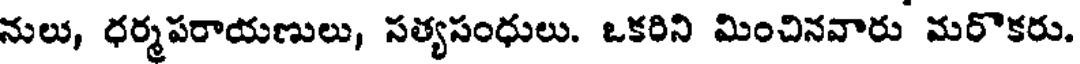
నులు, ధర్మపరాయణులు, సత్యసంధులు. ఒకరిని మించినవారు మరొకరు.